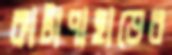
কাটাপাহাড়ের